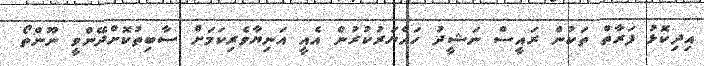
އިިދިކޮޅު ފަރާތް ތަކުން ރައީސް ނަޝީދު ހައްޔަރުކުރުން އެއީ އަނިޔާވެރިކަމަށް ސާބިތުކޮށްދޭންވީ ނޫންތޯ